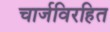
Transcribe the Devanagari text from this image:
चार्जविरहित